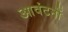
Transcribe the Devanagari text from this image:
आवंटनों